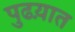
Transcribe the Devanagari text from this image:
पुढय़ात